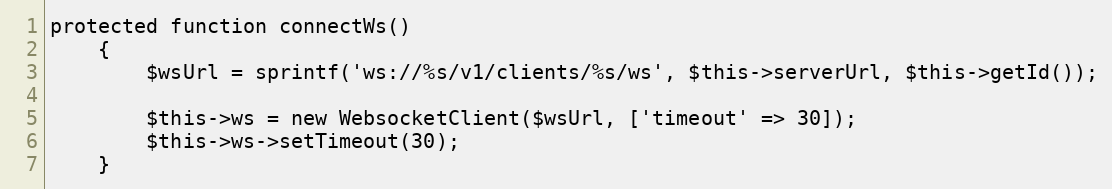
Language: PHP
protected function connectWs()
	{
		$wsUrl = sprintf('ws://%s/v1/clients/%s/ws', $this->serverUrl, $this->getId());

		$this->ws = new WebsocketClient($wsUrl, ['timeout' => 30]);
		$this->ws->setTimeout(30);
	}